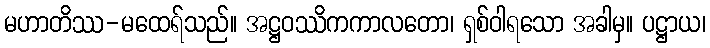
မဟာတိဿ-မထေရ်သည်။ အဋ္ဌဝဿိကကာလတော၊ ရှစ်ဝါရသော အခါမှ။ ပဋ္ဌာယ၊